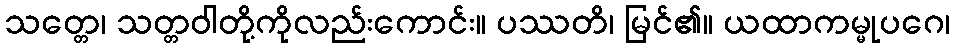
သတ္တေ၊ သတ္တဝါတို့ကိုလည်းကောင်း။ ပဿတိ၊ မြင်၏။ ယထာကမ္မုပဂေ၊